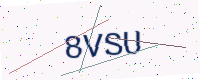
Text: 8VSU